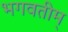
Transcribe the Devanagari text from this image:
भगवतीम्